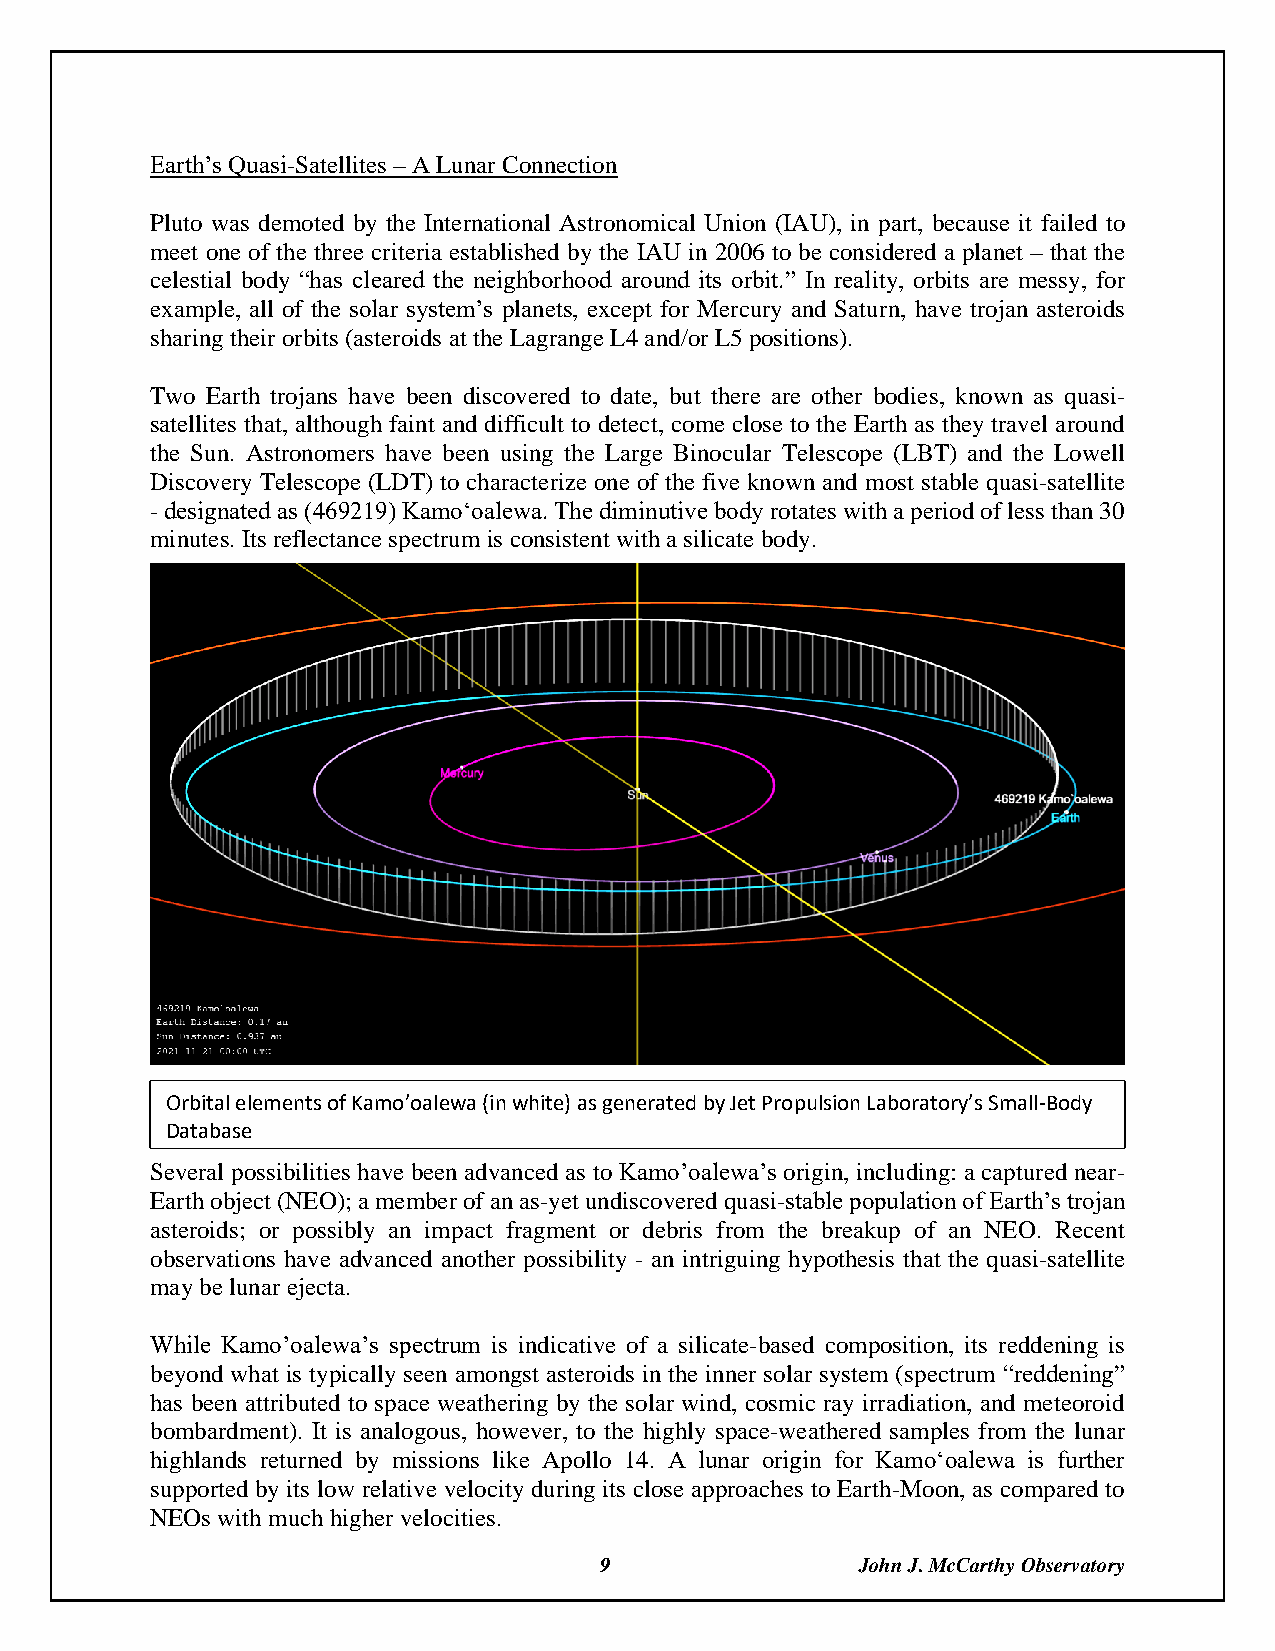
Earth’s Quasi-Satellites – A Lunar Connection
 Pluto was demoted by the International Astronomical Union (IAU), in part, because it failed to
 meet one of the three criteria established by the IAU in 2006 to be considered a planet – that the
 celestial body “has cleared the neighborhood around its orbit.” In reality, orbits are messy, for
 example, all of the solar system’s planets, except for Mercury and Saturn, have trojan asteroids
 sharing their orbits (asteroids at the Lagrange L4 and/or L5 positions).
 Two Earth trojans have been discovered to date, but there are other bodies, known as quasi-
 satellites that, although faint and difficult to detect, come close to the Earth as they travel around
 the Sun. Astronomers have been using the Large Binocular Telescope (LBT) and the Lowell
 Discovery Telescope (LDT) to characterize one of the five known and most stable quasi-satellite
 - designated as (469219) Kamoʻoalewa. The diminutive body rotates with a period of less than 30
 minutes. Its reflectance spectrum is consistent with a silicate body.
 Orbital elements of Kamo’oalewa (in white) as generated by Jet Propulsion Laboratory’s Small-Body
 Database
 Several possibilities have been advanced as to Kamo’oalewa’s origin, including: a captured near-
 Earth object (NEO); a member of an as-yet undiscovered quasi-stable population of Earth’s trojan
 asteroids; or possibly an impact fragment or debris from the breakup of an NEO. Recent
 observations have advanced another possibility - an intriguing hypothesis that the quasi-satellite
 may be lunar ejecta.
 While Kamo’oalewa’s spectrum is indicative of a silicate-based composition, its reddening is
 beyond what is typically seen amongst asteroids in the inner solar system (spectrum “reddening”
 has been attributed to space weathering by the solar wind, cosmic ray irradiation, and meteoroid
 bombardment). It is analogous, however, to the highly space-weathered samples from the lunar
 highlands returned by missions like Apollo 14. A lunar origin for Kamoʻoalewa is further
 supported by its low relative velocity during its close approaches to Earth-Moon, as compared to
 NEOs with much higher velocities.
 9                John J. McCarthy Observatory